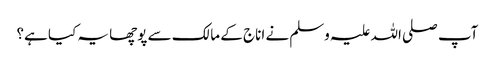
آپ صلی اللہ علیہ وسلم نے اناج کے مالک سے پوچھا یہ کیا ہے؟